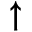
\uparrow